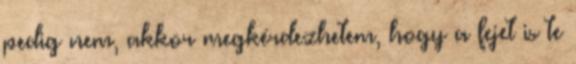
pedig nem, akkor megkérdezhetem, hogy a fejet is te